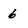
Character: 6